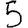
Digit: 5